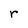
Character: r